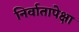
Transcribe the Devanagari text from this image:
निर्वातापेक्षा